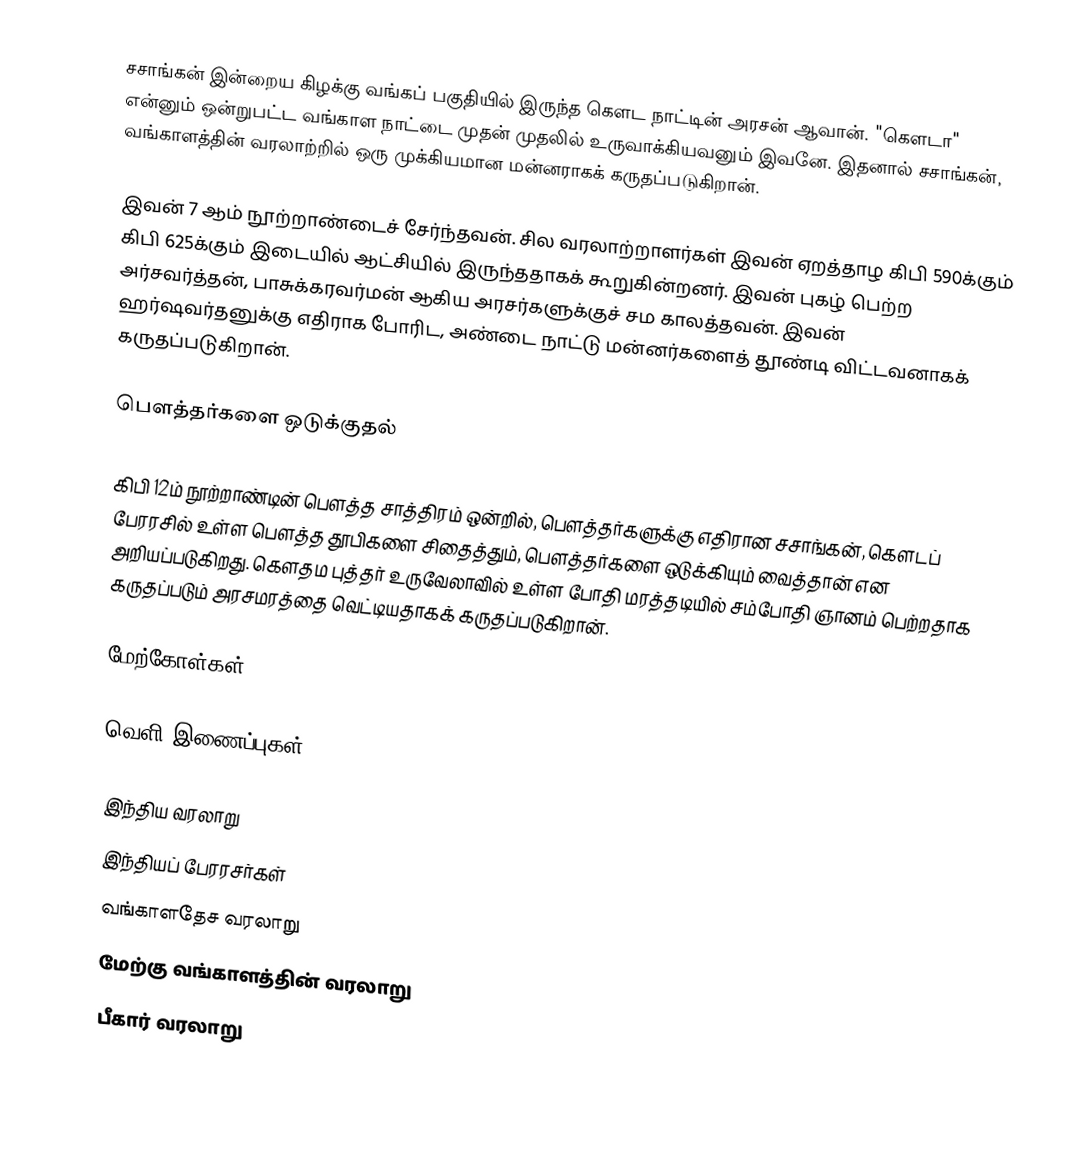
சசாங்கன் இன்றைய கிழக்கு வங்கப் பகுதியில் இருந்த கௌட நாட்டின் அரசன் ஆவான். "கௌடா" என்னும் ஒன்றுபட்ட வங்காள நாட்டை முதன் முதலில் உருவாக்கியவனும் இவனே. இதனால் சசாங்கன், வங்காளத்தின் வரலாற்றில் ஒரு முக்கியமான மன்னராகக் கருதப்படுகிறான்.

இவன் 7 ஆம் நூற்றாண்டைச் சேர்ந்தவன். சில வரலாற்றாளர்கள் இவன் ஏறத்தாழ கிபி 590க்கும் கிபி 625க்கும் இடையில் ஆட்சியில் இருந்ததாகக் கூறுகின்றனர். இவன் புகழ் பெற்ற அர்சவர்த்தன், பாசுக்கரவர்மன் ஆகிய அரசர்களுக்குச் சம காலத்தவன். இவன் ஹர்ஷவர்தனுக்கு எதிராக போரிட, அண்டை நாட்டு மன்னர்களைத் தூண்டி விட்டவனாகக் கருதப்படுகிறான்.

பௌத்தர்களை ஒடுக்குதல்

கிபி 12ம் நூற்றாண்டின் பௌத்த சாத்திரம் ஒன்றில், பௌத்தர்களுக்கு எதிரான சசாங்கன், கௌடப் பேரரசில் உள்ள பௌத்த தூபிகளை சிதைத்தும், பௌத்தர்களை ஒடுக்கியும் வைத்தான் என அறியப்படுகிறது. கௌதம புத்தர் உருவேலாவில் உள்ள  போதி மரத்தடியில்   சம்போதி ஞானம் பெற்றதாக கருதப்படும் அரசமரத்தை  வெட்டியதாகக் கருதப்படுகிறான்.

மேற்கோள்கள்

வெளி இணைப்புகள்

இந்திய வரலாறு
இந்தியப் பேரரசர்கள்
வங்காளதேச வரலாறு
மேற்கு வங்காளத்தின் வரலாறு
பீகார் வரலாறு